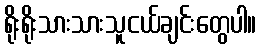
ရိုးရိုးသားသားသူငယ်ချင်းတွေပါ။